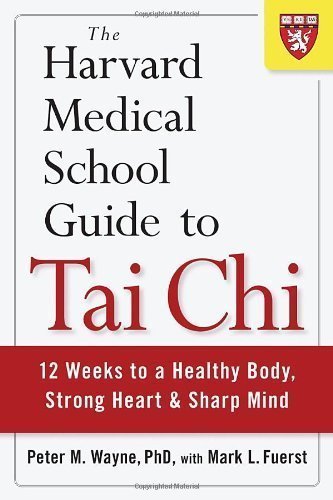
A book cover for The Harvard Medical School Guide to Tai Chi: 12 Weeks to a Healthy Body, Strong Heart, and Sharp Mind by Wayne, Peter (4/9/2013); Peter Wayne; Education & Teaching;